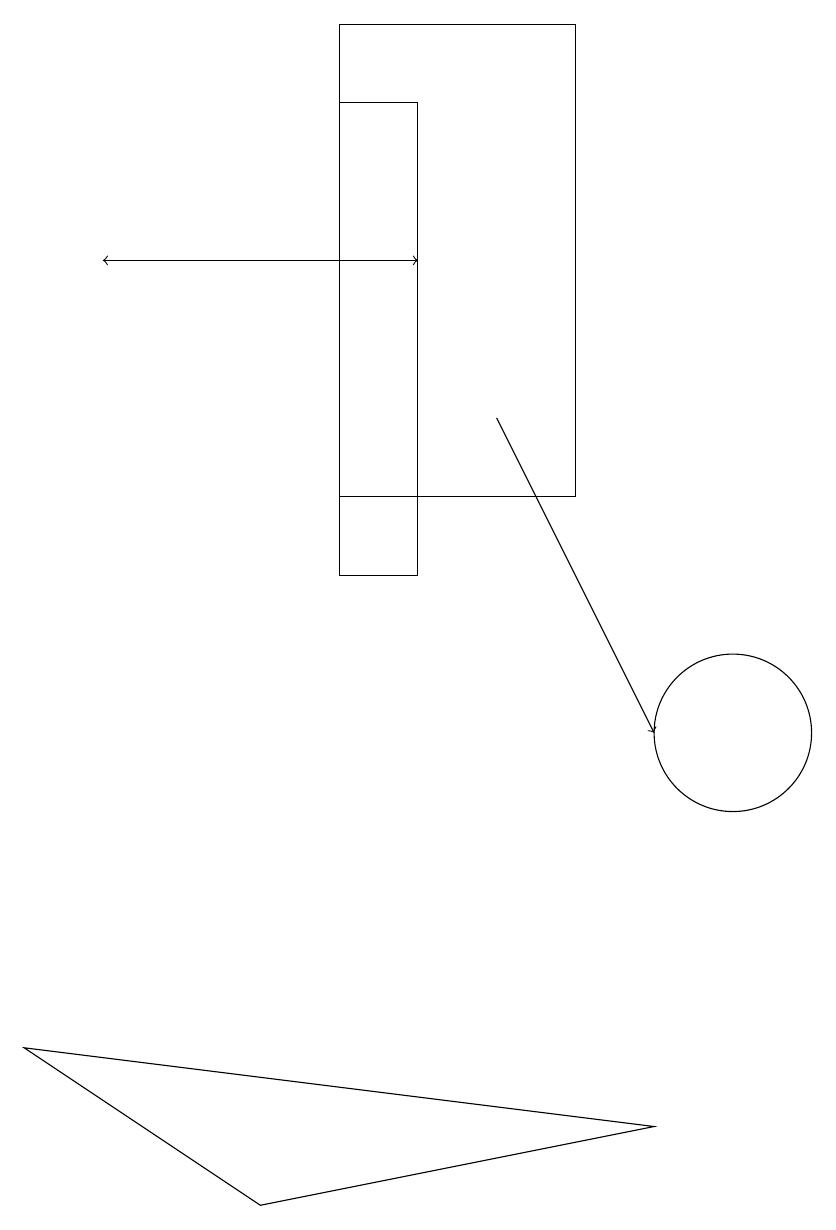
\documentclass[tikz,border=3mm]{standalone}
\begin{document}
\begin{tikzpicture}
\draw (5,12) rectangle (6,18);
\draw (4,4) -- (9,5) -- (1,6) -- cycle;
\draw (5,13) rectangle (8,19);
\draw[->] (7,14) -- (9,10);
\draw[->] (5,16) -- (6,16);
\draw[->] (5,16) -- (2,16);
\draw (10,10) circle (1);
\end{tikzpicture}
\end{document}